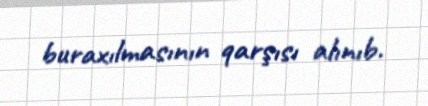
buraxılmasının qarşısı alınıb.